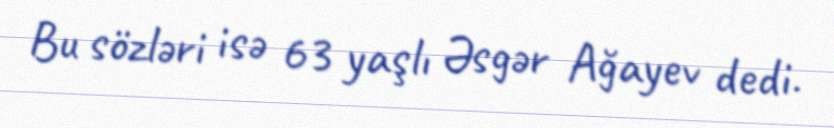
Bu sözləri isə 63 yaşlı Əsgər Ağayev dedi.